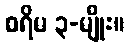
စရိမ ၃-မျိုး။